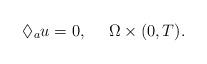
LaTeX: \begin{align*}\lozenge_{a}u=0,\quad~\Omega\times(0,T).\end{align*}